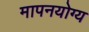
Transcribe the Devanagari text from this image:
मापनयोग्य